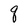
Character: q